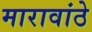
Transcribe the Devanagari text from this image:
मारावांठे